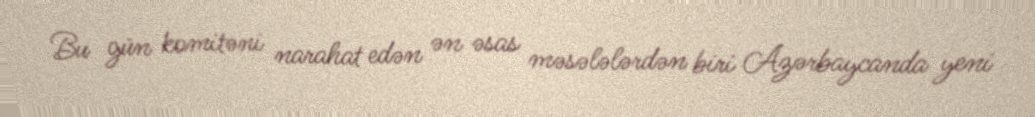
Bu gün komitəni narahat edən ən əsas məsələlərdən biri Azərbaycanda yeni